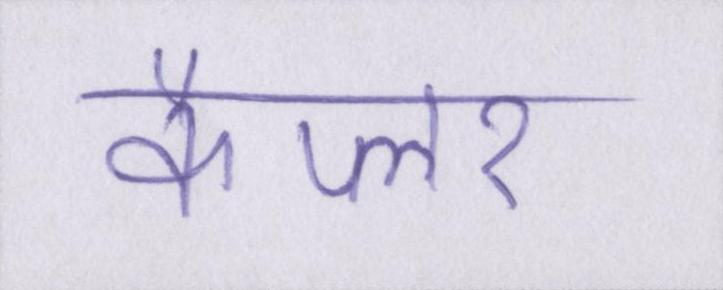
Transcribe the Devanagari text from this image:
कैप्लर